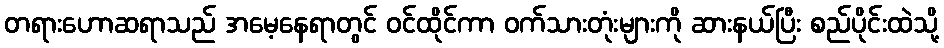
တရားဟောဆရာသည် အမေ့နေရာတွင် ဝင်ထိုင်ကာ ဝက်သားတုံးများကို ဆားနယ်ပြီး စည်ပိုင်းထဲသို့